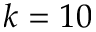
k = 1 0